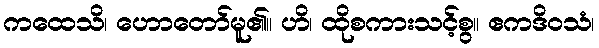
ကထေသိ၊ ဟောတော်မူ၏။ ဟိ၊ ထိုစကားသင့်စွ။ ဧကဒိဝသံ၊